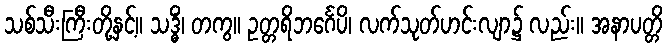
သစ်သီးကြီးတို့နှင့်။ သဒ္ဓိံ၊ တကွ။ ဥတ္တရိဘင်္ဂေပိ၊ လက်သုတ်ဟင်းလျာ၌ လည်း။ အနာပတ္တိ